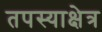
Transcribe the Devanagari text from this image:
तपस्याक्षेत्र